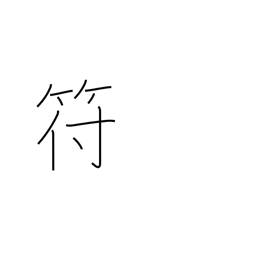
Meaning: tally